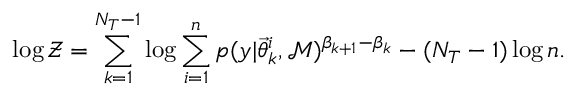
\log \mathcal { Z } = \sum _ { k = 1 } ^ { N _ { T } - 1 } \log \sum _ { i = 1 } ^ { n } p ( y | \ensuremath { \vec { \theta } } _ { k } ^ { i } , \mathcal { M } ) ^ { \beta _ { k + 1 } - \beta _ { k } } - ( N _ { T } - 1 ) \log n .